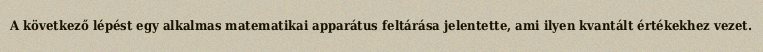
A következő lépést egy alkalmas matematikai apparátus feltárása jelentette, ami ilyen kvantált értékekhez vezet.